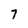
Character: 7